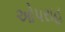
ઓપરાહ